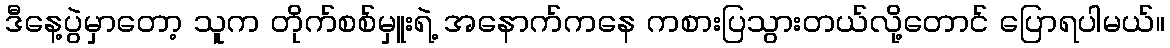
ဒီနေ့ပွဲမှာတော့ သူက တိုက်စစ်မှူးရဲ့ အနောက်ကနေ ကစားပြသွားတယ်လို့တောင် ပြောရပါမယ်။